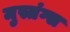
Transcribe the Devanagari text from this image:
मुस्तंग्स